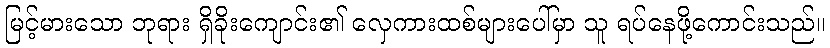
မြင့်မားသော ဘုရား ရှိခိုးကျောင်း၏ လှေကားထစ်များပေါ်မှာ သူ ရပ်နေဖို့ကောင်းသည်။